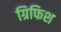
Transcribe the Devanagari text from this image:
ग्रिफिश